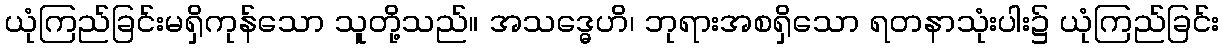
ယုံကြည်ခြင်းမရှိကုန်သော သူတို့သည်။ အသဒ္ဓေဟိ၊ ဘုရားအစရှိသော ရတနာသုံးပါး၌ ယုံကြည်ခြင်း